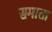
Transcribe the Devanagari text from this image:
समाता